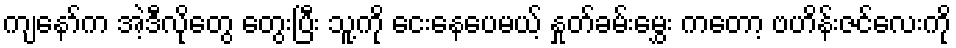
ကျနော်က အဲ့ဒီလိုတွေ တွေးပြီး သူ့ကို ငေးနေပေမယ့် နှုတ်ခမ်းမွှေး ကတော့ ဗဟိန်းဇင်လေးကို